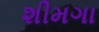
શીમગા